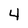
Character: 4